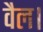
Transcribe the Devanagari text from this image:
वैल।